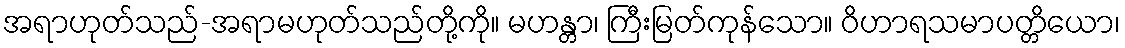
အရာဟုတ်သည်-အရာမဟုတ်သည်တို့ကို။ မဟန္တာ၊ ကြီးမြတ်ကုန်သော။ ဝိဟာရသမာပတ္တိယော၊